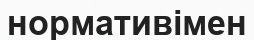
нормативімен